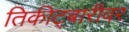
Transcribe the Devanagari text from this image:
तिकीट्बारीवर